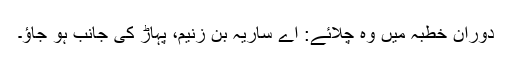
دوران خطبہ میں وہ چلائے: اے ساریہ بن زُنیم، پہاڑ کی جانب ہو جاؤ۔